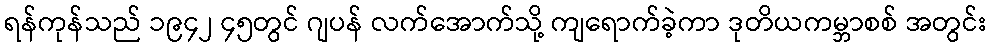
ရန်ကုန်သည် ၁၉၄၂ ၄၅တွင် ဂျပန် လက်အောက်သို့ ကျရောက်ခဲ့ကာ ဒုတိယကမ္ဘာစစ် အတွင်း